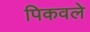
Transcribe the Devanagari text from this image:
पिकवले